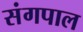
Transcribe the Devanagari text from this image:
संगपाल